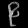
Digit: ၉